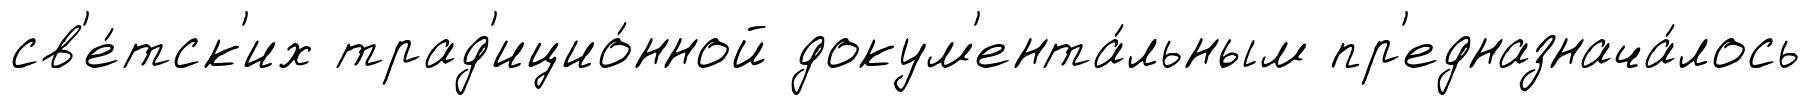
св'е́тск'их трад'ицио́нной докум'ента́льным пр'едназнача́лось